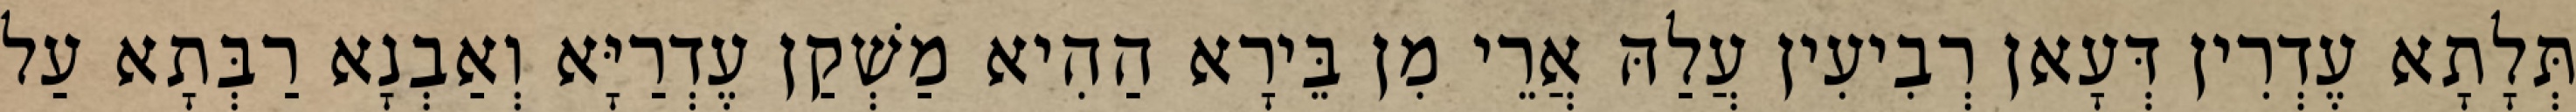
תְּלָתָא עֶדְרִין דְּעָאן רְבִיעִין עֲלַהּ אֲרֵי מִן בֵּירָא הַהִיא מַשְׁקַן עֶדְרַיָּא וְאַבְנָא רַבְּתָא עַל